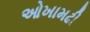
ઓખામઢી